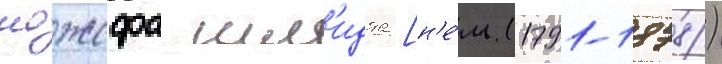
иожефа шм'идта [н'е́м. (1791-1878)